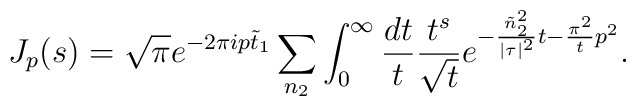
J_p(s)=\sqrt{\pi}e^{-2\pi ip\tilde{t}_1}\sum _{n_2}\int_{0}^{\infty}\frac{dt}{t}\frac{t^s}{\sqrt{t}}e^{-\frac {\tilde{n}_2^2}{|\tau|^2}t- \frac {\pi ^2}{t}p^2}.